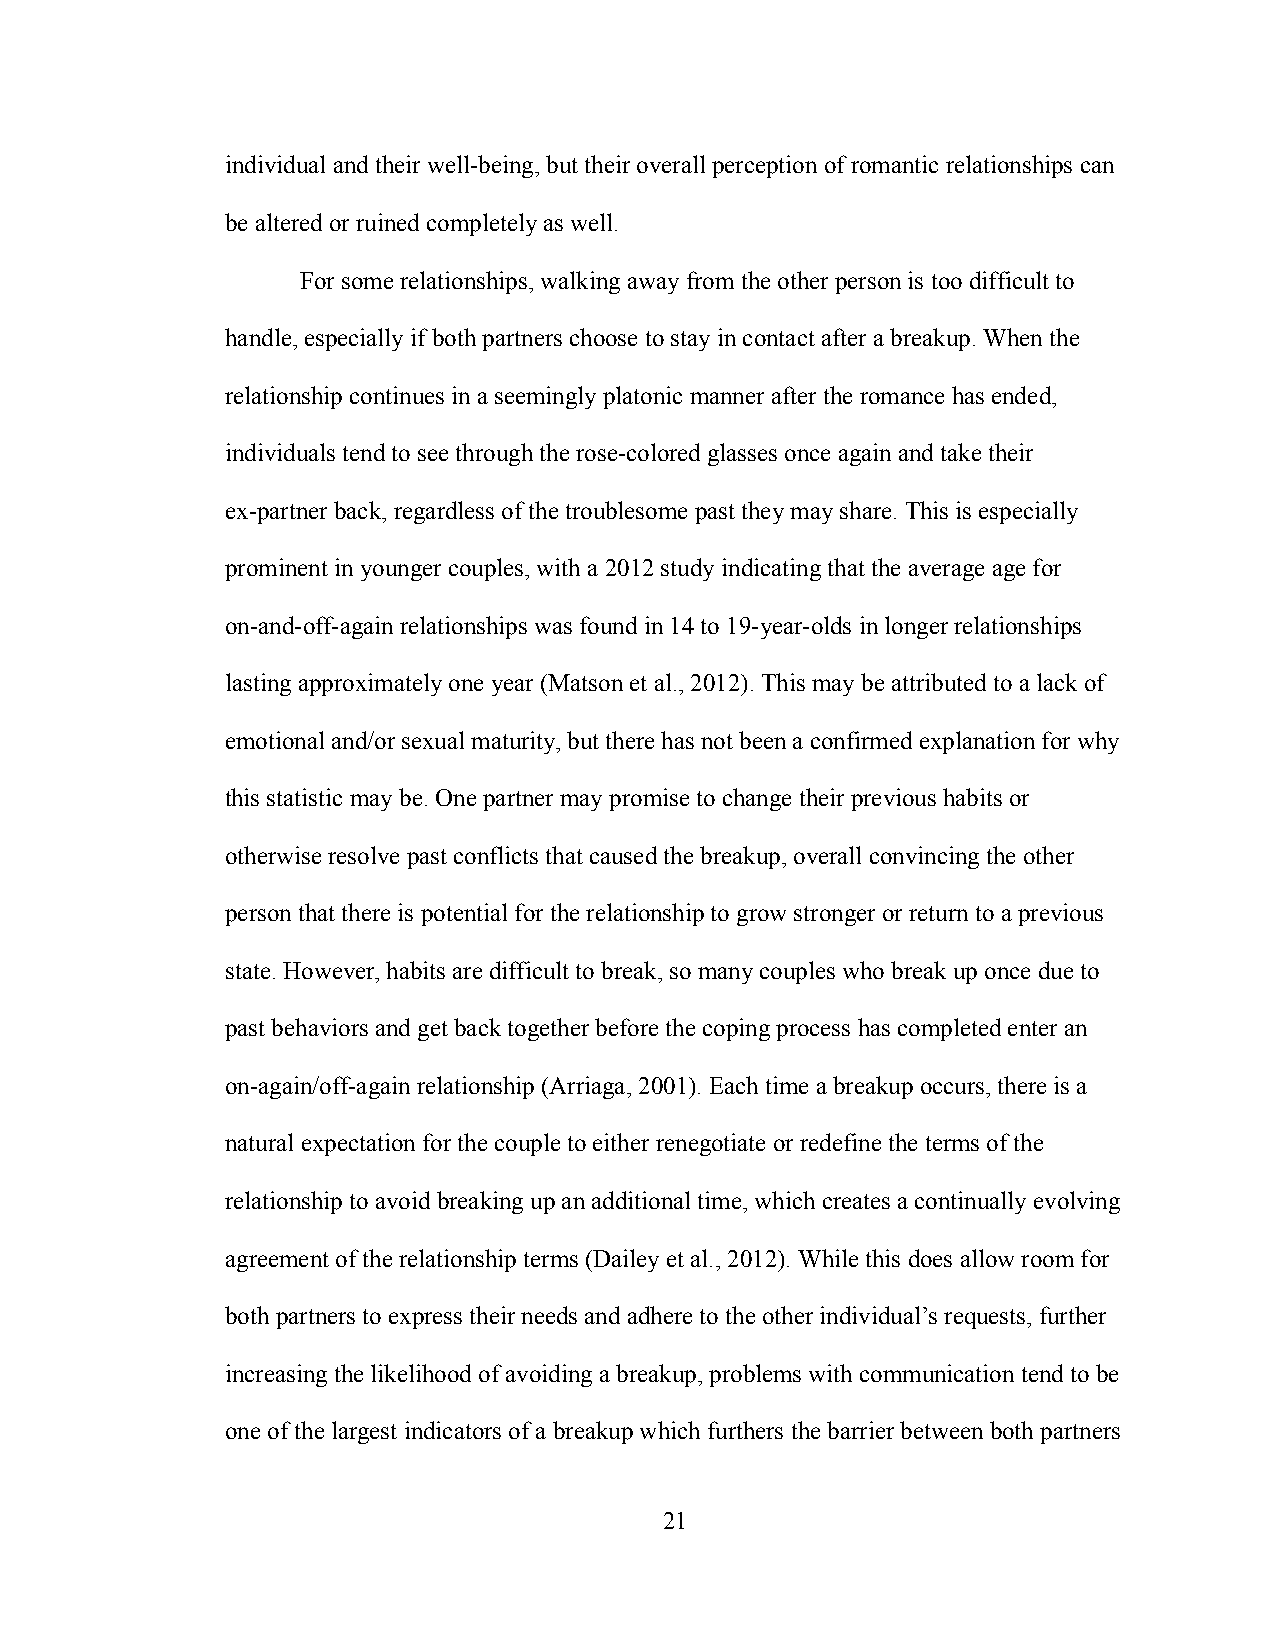
individual and their well-being, but their overall perception of romantic relationships can
 be altered or ruined completely as well.
 For some relationships, walking away from the other person is too difficult to
 handle, especially if both partners choose to stay in contact after a breakup. When the
 relationship continues in a seemingly platonic manner after the romance has ended,
 individuals tend to see through the rose-colored glasses once again and take their
 ex-partner back, regardless of the troublesome past they may share. This is especially
 prominent in younger couples, with a 2012 study indicating that the average age for
 on-and-off-again relationships was found in 14 to 19-year-olds in longer relationships
 lasting approximately one year (Matson et al., 2012). This may be attributed to a lack of
 emotional and/or sexual maturity, but there has not been a confirmed explanation for why
 this statistic may be. One partner may promise to change their previous habits or
 otherwise resolve past conflicts that caused the breakup, overall convincing the other
 person that there is potential for the relationship to grow stronger or return to a previous
 state. However, habits are difficult to break, so many couples who break up once due to
 past behaviors and get back together before the coping process has completed enter an
 on-again/off-again relationship (Arriaga, 2001). Each time a breakup occurs, there is a
 natural expectation for the couple to either renegotiate or redefine the terms of the
 relationship to avoid breaking up an additional time, which creates a continually evolving
 agreement of the relationship terms (Dailey et al., 2012). While this does allow room for
 both partners to express their needs and adhere to the other individual’s requests, further
 increasing the likelihood of avoiding a breakup, problems with communication tend to be
 one of the largest indicators of a breakup which furthers the barrier between both partners
 21